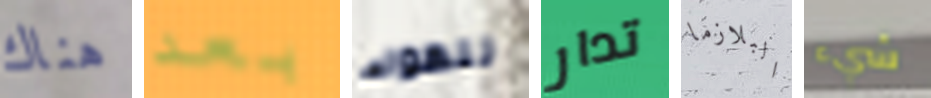
هناك بعد للهواء تدار البلازما شيء